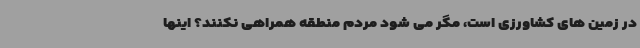
در زمین های کشاورزی است، مگر می شود مردم منطقه همراهی نکنند؟ اینها